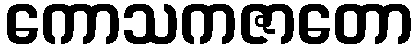
ကောသကဇာတော